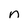
Character: n